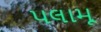
પલામૂ